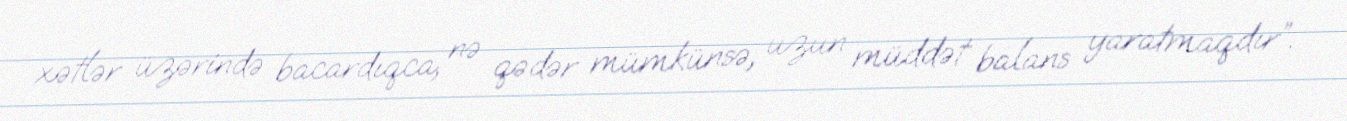
xətlər üzərində bacardıqca, nə qədər mümkünsə, uzun müddət balans yaratmaqdır”.